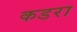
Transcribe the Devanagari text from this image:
कडरा